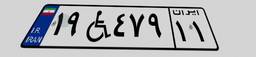
۱۹W۴۷۹۱۱